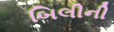
બિલીની